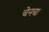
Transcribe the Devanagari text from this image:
चेनचा